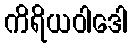
ကိရိယဝါဒေါ